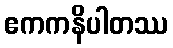
ဧကကနိပါတဿ